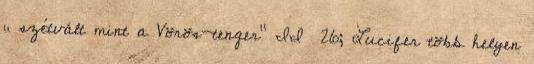
„ szétvált mint a Vörös-tenger” II 26; Lucifer több helyen